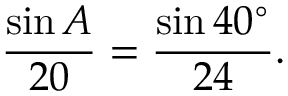
{ \frac { \sin A } { 2 0 } } = { \frac { \sin 4 0 ^ { \circ } } { 2 4 } } .